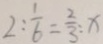
2 : \frac { 1 } { 6 } = \frac { 2 } { 3 } : x